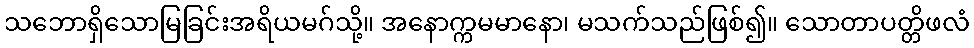
သဘောရှိသောမြခြင်းအရိယမဂ်သို့။ အနောက္ကမမာနော၊ မသက်သည်ဖြစ်၍။ သောတာပတ္တိဖလံ